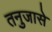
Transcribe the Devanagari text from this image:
तनुजासे